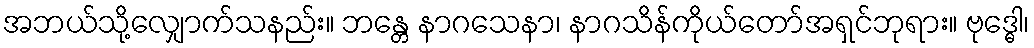
အဘယ်သို့လျှောက်သနည်း။ ဘန္တေ နာဂသေနာ၊ နာဂသိန်ကိုယ်တော်အရှင်ဘုရား။ ဗုဒ္ဓေါ၊